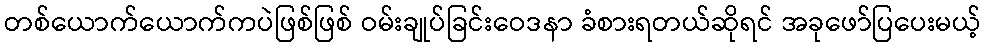
တစ်ယောက်ယောက်ကပဲဖြစ်ဖြစ် ဝမ်းချုပ်ခြင်းဝေဒနာ ခံစားရတယ်ဆိုရင် အခုဖော်ပြပေးမယ့်